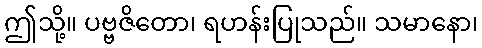
ဤသို့။ ပဗ္ဗဇိတော၊ ရဟန်းပြုသည်။ သမာနော၊